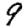
Digit: 9